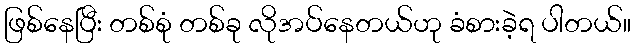
ဖြစ်နေပြီး တစ်စုံ တစ်ခု လိုအပ်နေတယ်ဟု ခံစားခဲ့ရ ပါတယ်။